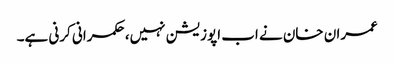
عمران خان نے اب اپوزیشن نہیں، حکمرانی کرنی ہے۔